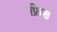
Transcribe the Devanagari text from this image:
फ्रिस